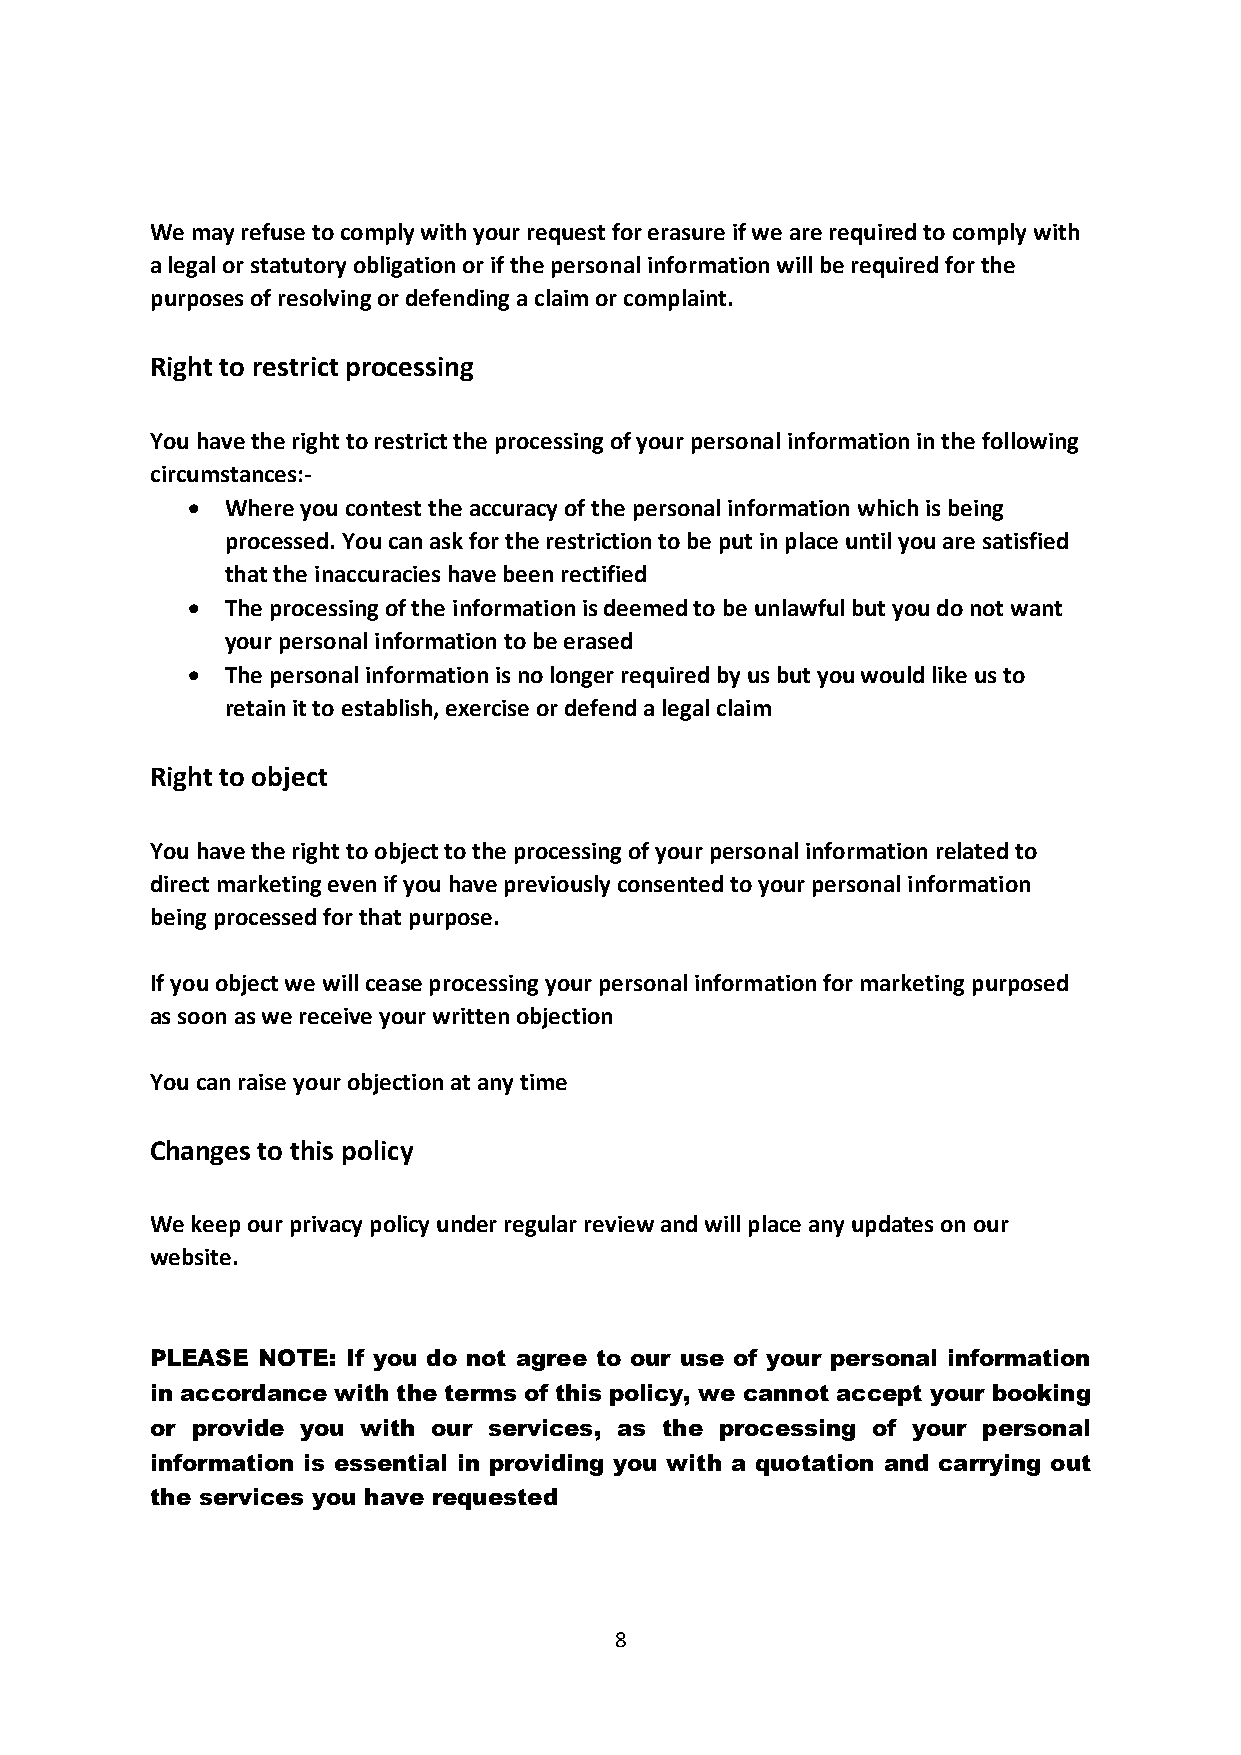
We may refuse to comply with your request for erasure if we are required to comply with
 a legal or statutory obligation or if the personal information will be required for the
 purposes of resolving or defending a claim or complaint.
 Right to restrict processing
 You have the right to restrict the processing of your personal information in the following
 circumstances:-
 •  Where you contest the accuracy of the personal information which is being
 processed. You can ask for the restriction to be put in place until you are satisfied
 that the inaccuracies have been rectified
 •  The processing of the information is deemed to be unlawful but you do not want
 your personal information to be erased
 •  The personal information is no longer required by us but you would like us to
 retain it to establish, exercise or defend a legal claim
 Right to object
 You have the right to object to the processing of your personal information related to
 direct marketing even if you have previously consented to your personal information
 being processed for that purpose.
 If you object we will cease processing your personal information for marketing purposed
 as soon as we receive your written objection
 You can raise your objection at any time
 Changes to this policy
 We keep our privacy policy under regular review and will place any updates on our
 website.
 PLEASE NOTE: If you do not agree to our use of your personal information
 in accordance with the terms of this policy, we cannot accept your booking
 or provide you with our services, as the processing of your personal
 information is essential in providing you with a quotation and carrying out
 the services you have requested
 8